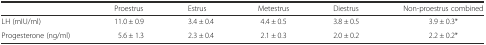
|  | Proestrus | Estrus | Metestrus | Diestrus | Non-proestrus combined |
 | --- | --- | --- | --- | --- | --- |
 | LH (mIU/ml) | 11.0 ± 0.9 | 3.4 ± 0.4 | 4.4 ± 0.5 | 3.8 ± 0.5 | 3.9 ± 0.3* |
 | Progesterone (ng/ml) | 5.6 ± 1.3 | 2.3 ± 0.4 | 2.1 ± 0.3 | 2.0 ± 0.2 | 2.2 ± 0.2* |